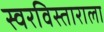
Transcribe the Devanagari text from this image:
स्वरविस्ताराला